Civil Veterinary Department. Madras. Admin. report 1910-25 - 1910-1925
Year: 1910
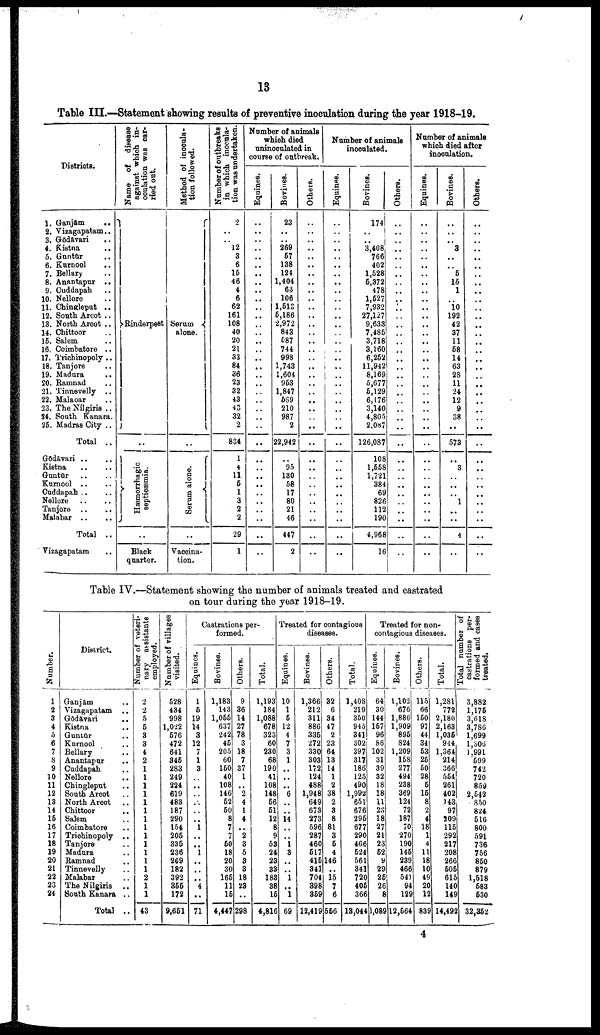
13
Table III.—Statement showing results of preventive inoculation during the year 1918-19.
Districts.
1. Ganjam ..
2. Vizagapatam ..
3. Gōdāvari
4. Kistna
5. Guntur ..
6. Kurnool ..
7. Bellary ..
8. Anantapur ..
9. Cuddapah ..
10. Nellore ..
11. Chingleput ..
12. South Arcot ..
13. North Arcot ..
14. Chittoor ..
15. Salem
16. Coimbatore ..
17. Trichinopoly ..
18. Tanjore ..
19. Madura
20. Ramnad ..
21. Tinnevelly ..
22. Malaoar ..
23. The Nilgiris ..
24. South Kanara.
25. Madras City ..
Total ..
Gōdavari .. ..
Kistna
Guntur .. ..
Kurnool .. ..
Cuddapah .. ..
Nellore
Tanjore .. ..
Malabar
Total ..
Vizagapatam ..
Name of
disease
against which in-
coulation
was car
ried out.
Rinderpest
..
Hæmorrhagic
septicæmia.
..
Black
quarter.
Method of inocula
tion followed.
Serum
alone.
..
Serum alone.
..
Vaceina-
tion.
Number of outbreaks
in which inocula
tion was undertaken.
2
12
3
6
15
46
4
6
62
161
108
40
20
21
33
84
36
23
32
43
43
32
2
834
1
4
11
5
1
3
2
2
29
1
Number of animals
which died
uninoculated in
course of outbreak.
Equines.
..
..
..
..
..
..
..
..
..
..
..
..
..
..
..
..
..
..
..
..
..
..
..
..
..
..
..
..
..
..
..
..
Bovines.
23
269
57
138
124
1,404
63
106
1,513
5,186
2,972
843
587
744
998
1,743
1,604
953
1,847
669
210
987
2
22,942
..
95
130
58
17
80
21
46
447
2
Others.
..
..
..
..
..
..
..
..
..
..
..
..
..
..
..
..
..
..
..
..
..
..
..
..
..
..
..
..
..
..
..
..
..
Number of animals
inoculated.
Equines.
..
..
..
..
..
..
..
..
..
..
..
..
..
..
..
..
..
..
..
..
..
..
..
..
..
..
..
..
..
..
..
..
..
..
..
Bovines.
1741
..
..
3,408
766
402
1,528
5,372
478
1,527
7,932
27,127
9,633
7,485
3,718
3,160
6,252
11,942
8,169
5,677
5,129
6,176
3,140
4,805
2,087
126,087
108
1,558
1,721
384
69
826
112
190
4,968
16
Others.
..
..
..
..
..
..
..
..
..
..
..
..
..
..
..
..
..
..
..
..
..
..
..
..
..
..
..
..
..
..
..
..
..
..
Number of animals
which died after
inoculation.
Equines.
..
..
..
..
..
..
..
..
..
..
..
..
..
..
..
..
..
..
..
..
..
..
..
..
..
..
..
..
..
..
..
..
..
..
Bovines.
..
..
..
3
..
..
5
15
1
..
10
192
42
37
11
58
14
63
28
11
24
12
9
08
..
573
..
3
..
..
..
1
..
..
4
..
Others.
..
..
..
..
..
..
..
..
..
..
..
..
..
..
..
..
..
..
..
..
..
..
..
..
..
..
..
..
..
..
..
..
..
..
..
..
Table IV.—Statement showing the number of animals treated and castrated
on tour during the year 1918-19.
Number.
1
2
3
4
5
6
7
8
9
10
11
12
13
14
15
16
17
18
19
20
21
22
23
24
District.
Ganjam ..
Vizagapatam ..
Gōdavari ..
Kistna
Guntūr ..
Kurnool ..
Bellary ..
Anantapur
Cuddapah ..
Nellore
Chingleput ..
South Arcot
North Arcot
Chittoor ..
Salem
Coimbatore
Trichinopoly ..
Tanjore ..
Madura
Ramnad ..
Tinnevelly
Malabar
The Nilgiris ..
South Kanara ..
Total ..
Number of veteri
nary assistants
employed.
2
2
5
5
3
3
4
2
1
1
1
1
1
1
1
1
1
1
1
1
1
2
1
1
43
Number of villages
visited.
528
434
998
1,022
576
472
641
345
283
249
224
619
483
187
290
154
205
335
236
269
182
392
355
172
9,651
Castrations per
formed.
Equines.
1
5
19
14
3
12
7
1
3
..
1
..
..
1
..
4
..
71
Bovines.
1,183
143
1,055
637
242
45
205
60
150
40
108
146
52
50
8
7
7
50
18
20
30
165
11
15
4,447
Others.
9
36
14
27
78
3
18
7
37
1
..
2
4
1
4
..
2
3
5
3
3
18
23
298
Total.
1,193
184
1,088
678
323
60
230
68
190
41
108
148
56
51
12
8
9
53
24
23
33
183
38
15
4,816
Treated for contagious
diseases.
Equines.
10
1
5
12
4
7
3
1
..
..
..
6
..
..
14
..
..
1
3
..
..
1
..
1
69
Bovines.
1,366
212
311
886
335
272
330
303
172
124
488
1,948
649
673
273
596
287
460
517
416
341
704
398
359
12,419
Others.
32
6
34
47
2
23
64
13
14
1
2
38
2
3
8
81
3
5
4
146
..
15
7
6
556
Total.
1,408
219
350
946
341
302
397
317
186
125
490
1,992
651
676
295
677
290
466
524
561
341
720
405
366
13,044
Treated for non
contagious diseases.
Equiues.
64
30
144
167
96
86
102
31
39
32
18
18
11
23
18
27
21
23
52
9
29
25
26
8
1,089
Bovines.
1,102
676
1,88G
1,909
895
824
1,209
158
277
494
238
369
124
72
187
70
270
190
145
239
466
541
94
12S
12,564
Others.
115
66
160
97
44
34
53
25
b0
28
5
15
8
2
4
18
1
4
11
18
10
49
20
12
83S
Total.
1,281
772
2,180
2,163
1,035
944
1,364
214
366
564
261
402
143
97
209
115
292
217
208
266
505
615
140
149
14,492
Total number of
castrations per
formed and cases
treated.
3,882
1,175
3,018
3,786
1,699
l,306
1,991
599
742
720
859
2,542
850
824
516
800
591
736
756
850
879
1,518
583
530
32,352
4